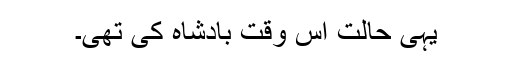
یہی حالت اس وقت بادشاہ کی تھی۔